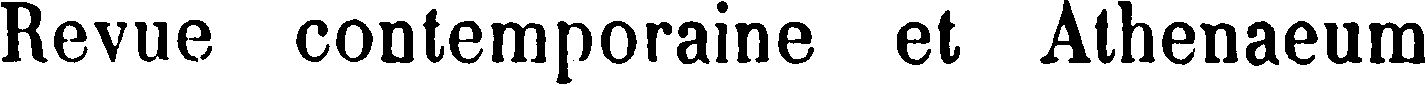
Revue contemporaine et Athenaeum